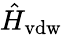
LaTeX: \hat{H}_{\mathrm{vdw}}